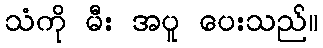
သံကို မီး အပူ ပေးသည်။